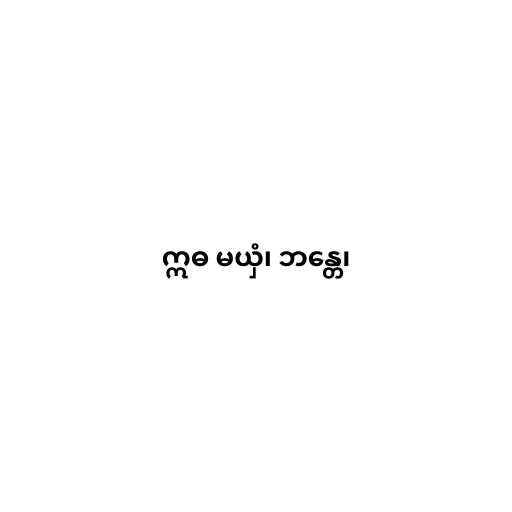
ဣဓ မယှံ၊ ဘန္တေ၊